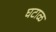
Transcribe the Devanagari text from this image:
घटाळ